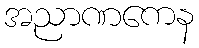
အညာဏကေန